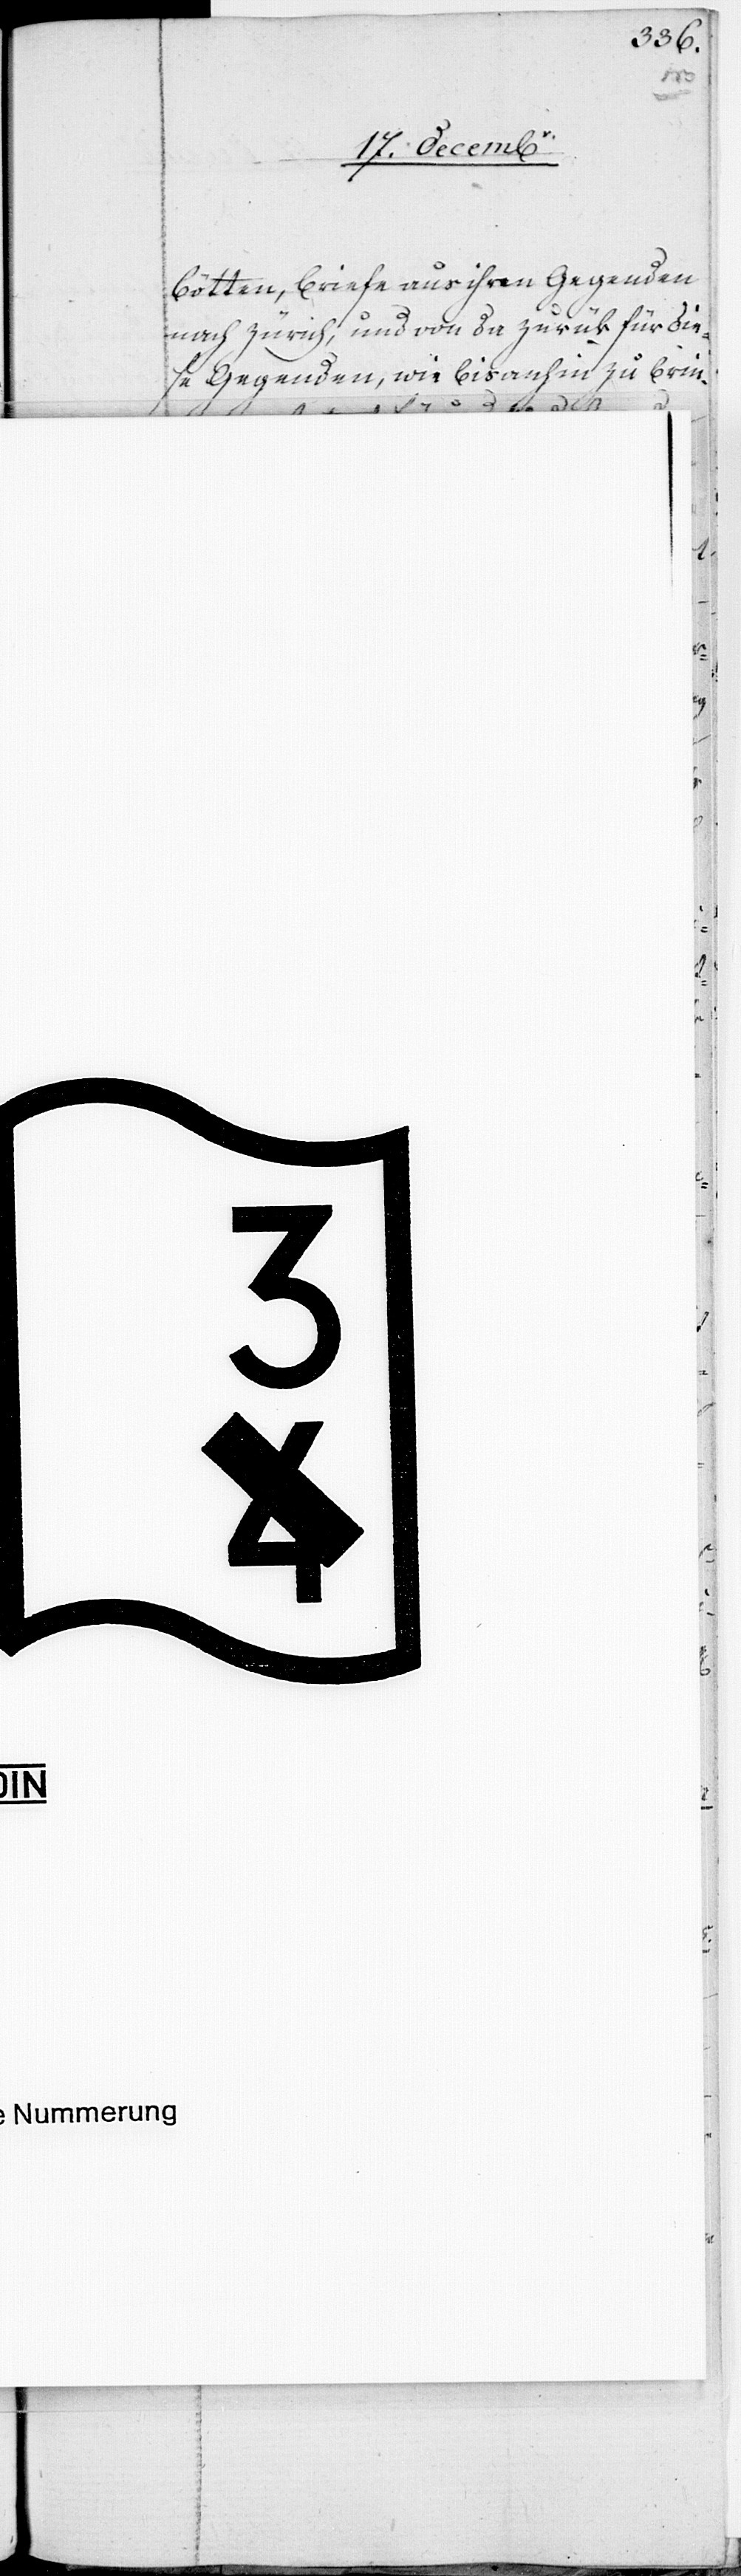
müßen.